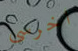
اخرسى